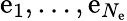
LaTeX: \mathrm{e}_{1},\ldots,\mathrm{e}_{N_{\mathrm{{\mathrm{e}}}}}